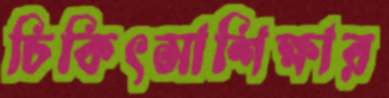
চিকিৎসাশিক্ষার